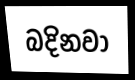
බදිනවා